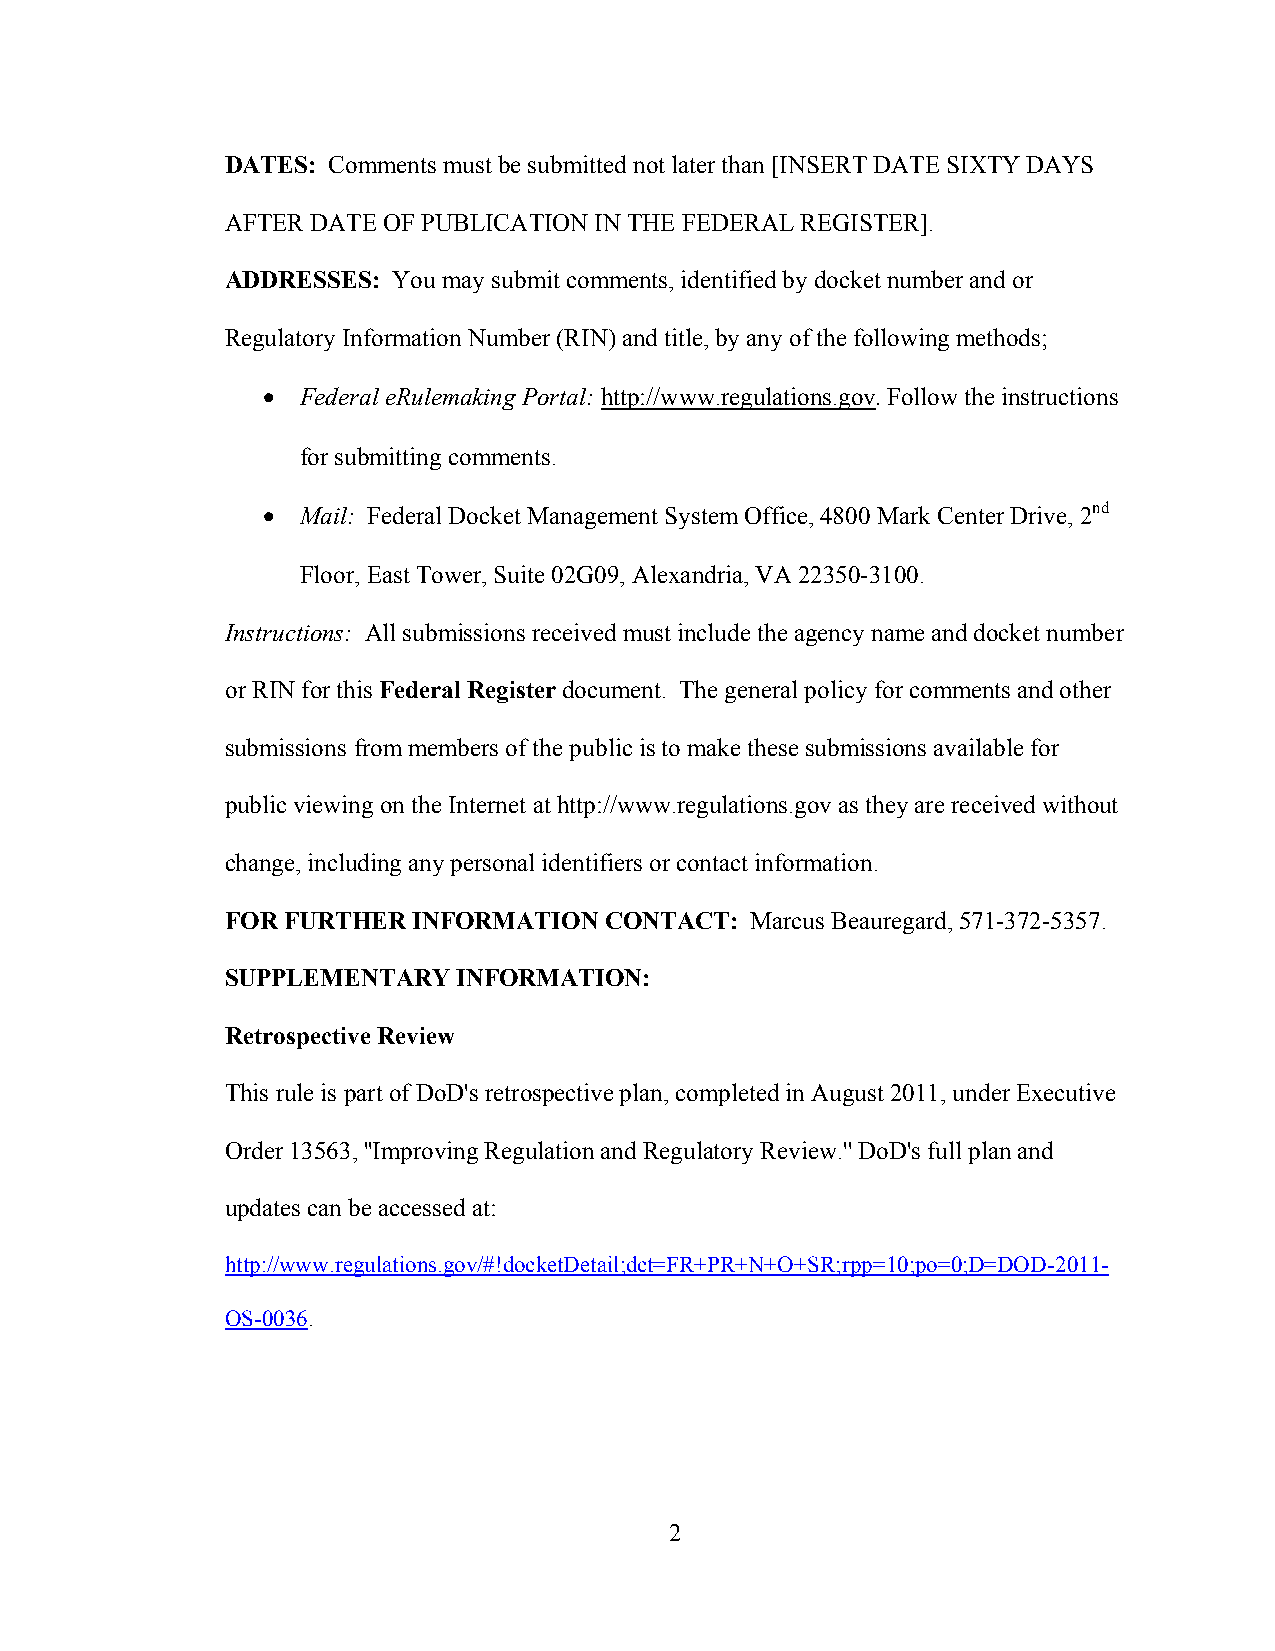
DATES: Comments must be submitted not later than [INSERT DATE SIXTY DAYS
 AFTER DATE OF PUBLICATION IN THE FEDERAL REGISTER].
 ADDRESSES: You may submit comments, identified by docket number and or
 Regulatory Information Number (RIN) and title, by any of the following methods;
 •  Federal eRulemaking Portal: http://www.regulations.gov. Follow the instructions
 for submitting comments.
 •  Mail: Federal Docket Management System Office, 4800 Mark Center Drive, 2nd
 Floor, East Tower, Suite 02G09, Alexandria, VA 22350-3100.
 Instructions: All submissions received must include the agency name and docket number
 or RIN for this Federal Register document. The general policy for comments and other
 submissions from members of the public is to make these submissions available for
 public viewing on the Internet at http://www.regulations.gov as they are received without
 change, including any personal identifiers or contact information.
 FOR FURTHER INFORMATION  CONTACT:  Marcus Beauregard, 571-372-5357.
 SUPPLEMENTARY  INFORMATION:
 Retrospective Review
 This rule is part of DoD's retrospective plan, completed in August 2011, under Executive
 Order 13563, ''Improving Regulation and Regulatory Review.'' DoD's full plan and
 updates can be accessed at:
 http://www.regulations.gov/#!docketDetail;dct=FR+PR+N+O+SR;rpp=10;po=0;D=DOD-2011-
 OS-0036.
 2